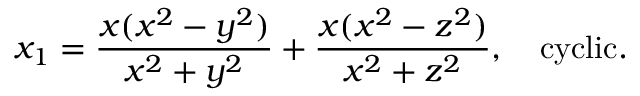
x _ { 1 } = \frac { x ( x ^ { 2 } - y ^ { 2 } ) } { x ^ { 2 } + y ^ { 2 } } + \frac { x ( x ^ { 2 } - z ^ { 2 } ) } { x ^ { 2 } + z ^ { 2 } } , \ \ \ \mathrm { c y c l i c } .